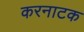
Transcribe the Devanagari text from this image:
करनाटक